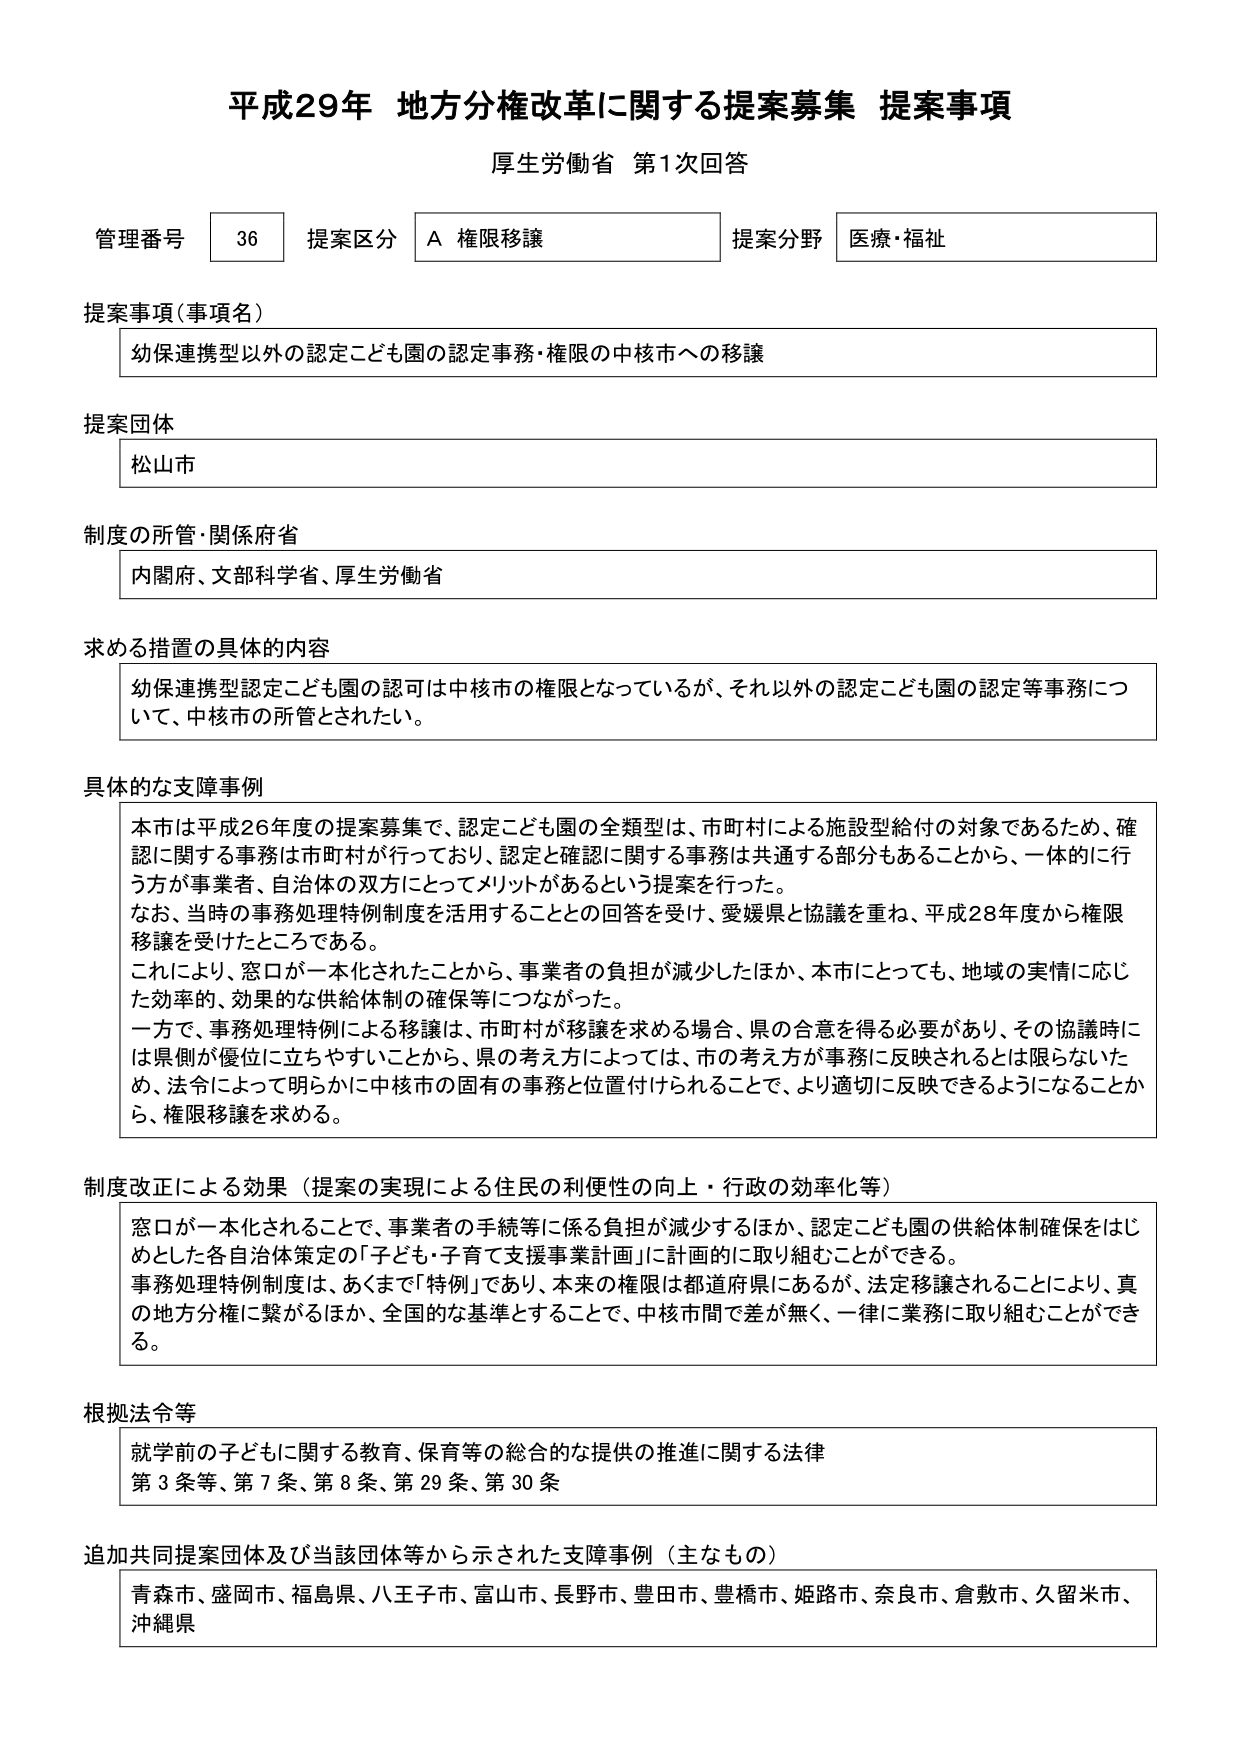
平成29年 地方分権改革に関する提案募集 提案事項
厚生労働省 第1次回答

管理番号 36 提案区分 A 権限移譲 提案分野 医療・福祉

提案事項（事項名）
幼保連携型以外の認定こども園の認定事務・権限の中核市への移譲

提案団体
松山市

制度の所管・関係府省
内閣府、文部科学省、厚生労働省

求める措置の具体的内容
幼保連携型認定こども園の認可は中核市の権限となっているが、それ以外の認定こども園の認定等事務について、中核市の所管とされたい。

具体的な支障事例
本市は平成26年度の提案募集で、認定こども園の全類型は、市町村による施設型給付の対象であるため、確認に関する事務は市町村が行っており、認定と確認に関する事務は共通する部分もあることから、一体的に行う方が事業者、自治体の双方にとってメリットがあるという提案を行った。
なお、当時の事務処理特例制度を活用することとの回答を受け、愛媛県と協議を重ね、平成28年度から権限移譲を受けたところである。
これにより、窓口が一本化されたことから、事業者の負担が減少したほか、本市にとっても、地域の実情に応じた効率的、効果的な供給体制の確保等につながった。
一方で、事務処理特例による移譲は、市町村が移譲を求める場合、県の合意を得る必要があり、その協議時には県側が優位に立ちやすいことから、県の考え方によっては、市の考え方が事務に反映されるとは限らないため、法令によって明らかに中核市の固有の事務と位置付けられることで、より適切に反映できるようになることから、権限移譲を求める。

制度改正による効果（提案の実現による住民の利便性の向上・行政の効率化等）
窓口が一本化されることで、事業者の手続等に係る負担が減少するほか、認定こども園の供給体制確保をはじめとした各自治体策定の「子ども・子育て支援事業計画」に計画的に取り組むことができる。
事務処理特例制度は、あくまで「特例」であり、本来の権限は都道府県にあるが、法定移譲されることにより、真の地方分権に繋がるほか、全国的な基準とすることで、中核市間で差が無く、一律に業務に取り組むことができる。

根拠法令等
就学前の子どもに関する教育、保育等の総合的な提供の推進に関する法律
第3条等、第7条、第8条、第29条、第30条

追加共同提案団体及び当該団体等から示された支障事例（主なもの）
青森市、盛岡市、福島県、八王子市、富山市、長野市、豊田市、豊橋市、姫路市、奈良市、倉敷市、久留米市、沖縄県